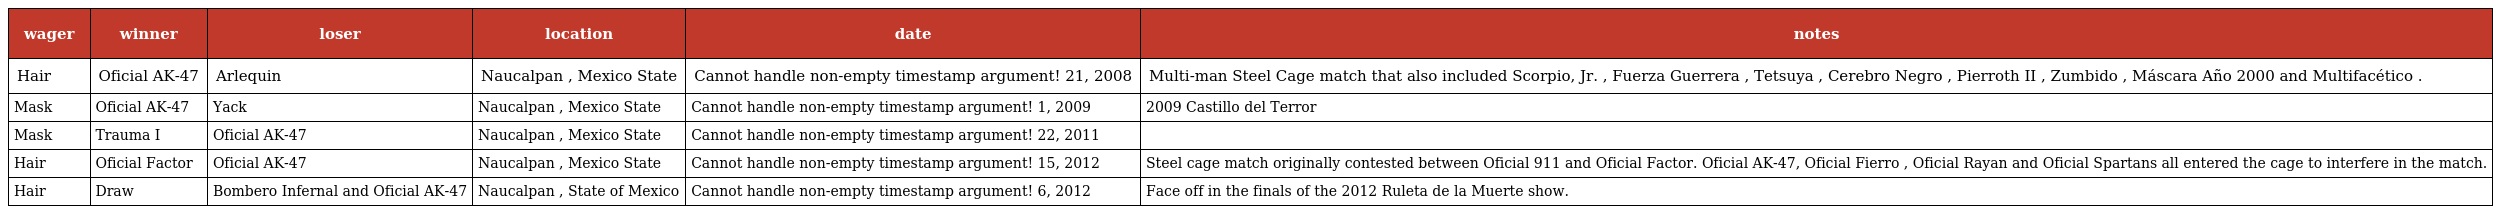
| wager | winner | loser | location | date | notes |
 | --- | --- | --- | --- | --- | --- |
 | Hair | Oficial AK-47 | Arlequin | Naucalpan , Mexico State | Cannot handle non-empty timestamp argument! 21, 2008 | Multi-man Steel Cage match that also included Scorpio, Jr. , Fuerza Guerrera , Tetsuya , Cerebro Negro , Pierroth II , Zumbido , Máscara Año 2000 and Multifacético . |
 | Mask | Oficial AK-47 | Yack | Naucalpan , Mexico State | Cannot handle non-empty timestamp argument! 1, 2009 | 2009 Castillo del Terror |
 | Mask | Trauma I | Oficial AK-47 | Naucalpan , Mexico State | Cannot handle non-empty timestamp argument! 22, 2011 |  |
 | Hair | Oficial Factor | Oficial AK-47 | Naucalpan , Mexico State | Cannot handle non-empty timestamp argument! 15, 2012 | Steel cage match originally contested between Oficial 911 and Oficial Factor. Oficial AK-47, Oficial Fierro , Oficial Rayan and Oficial Spartans all entered the cage to interfere in the match. |
 | Hair | Draw | Bombero Infernal and Oficial AK-47 | Naucalpan , State of Mexico | Cannot handle non-empty timestamp argument! 6, 2012 | Face off in the finals of the 2012 Ruleta de la Muerte show. |